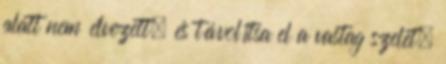
alatt nem élvezett, és távolítsa el a vastag szelet.